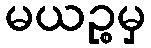
မယဉ္စမှ